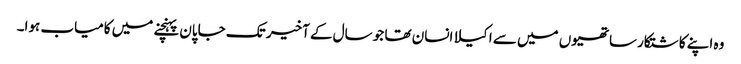
وہ اپنے کاشتکار ساتھیوں میں سے اکیلا انسان تھا جو سال کے آخیر تک جاپان پہنچنے میں کامیاب ہوا۔